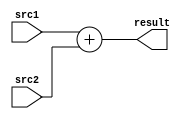
`timescale 1ns/100ps
module adder(src1, src2, result);

  input [7:0] src1;
  input [7:0] src2;
  
  output [7:0] result;
  
  assign result = src1 + src2;

endmodule